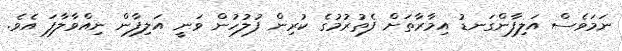
ނަމަވެސް އަލިފާންގަނޑު އިމާރާތަށް ފެތުރުމުގެ ކުރިން ފުލުހުން ވަނީ އަލިފާން ނިއްވާލާފަ އެވެ.